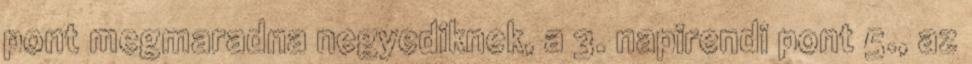
pont megmaradna negyediknek, a 3. napirendi pont 5., az